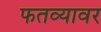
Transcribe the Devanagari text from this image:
फतव्यावर